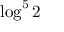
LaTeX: \log ^ { 5 } 2